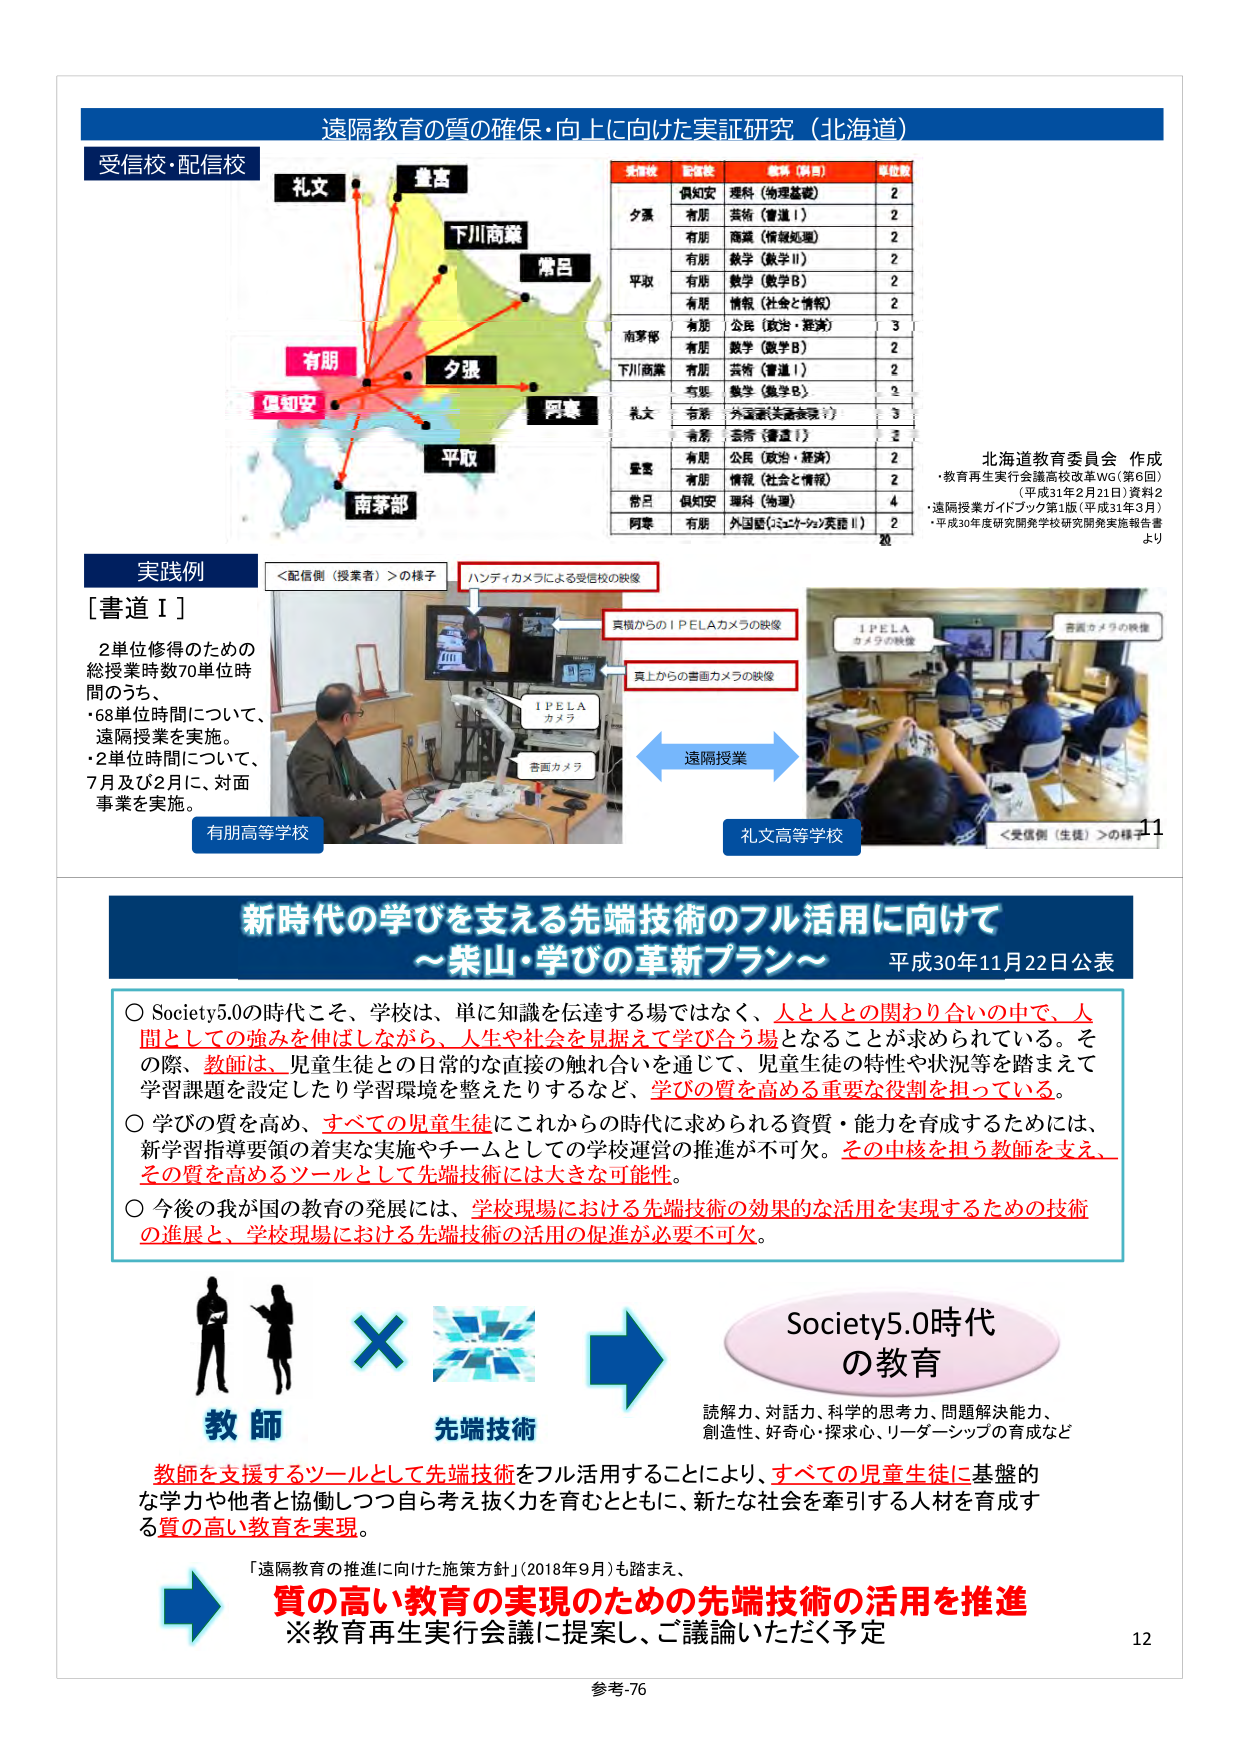
遠隔教育の質の確保・向上に向けた実証研究（北海道）

受信校・配信校

礼文
豊富
下川商業
常呂
有朋
夕張
呼喚
平取
南茅部

北海道教育委員会 作成
・教育再生実行会議高校改革WG（第6回）
（平成31年2月21日）資料2
・遠隔授業ガイドブック第1版（平成31年3月）
・平成30年度研究開発学校研究開発実施報告書より

実践例

［書道Ⅰ］
2単位修得のための
総授業時数70単位時
間のうち、
・68単位時間について、
遠隔授業を実施。
・2単位時間について、
7月及び2月に、対面
事業を実施。

＜配信側（授業者）＞の様子
ハンドイカメラによる受信校の映像
真横からのIPELAカメラの映像
真上からの書画カメラの映像
遠隔授業
IPELA
カメラ
書画カメラ
有朋高等学校
礼文高等学校
＜受信側（生徒）＞の様子

受信校 配信校 教科（科目） 単位数
夕張 倶知安 理科（物理基礎） 2
有朋 芸術（書道Ⅰ） 2
有朋 商業（情報処理） 2
平取 有朋 数学（数学Ⅱ） 2
有朋 数学（数学B） 2
有朋 情報（社会と情報） 2
南茅部 有朋 公民（政治・経済） 3
有朋 数学（数学B） 2
下川商業 有朋 芸術（書道Ⅰ） 2
有朋 数学（数学B） 2
礼文 有朋 外国語（英語表現Ⅰ） 3
有朋 芸術（書道Ⅰ） 3
豊富 有朋 公民（政治・経済） 2
有朋 情報（社会と情報） 2
常呂 倶知安 理科（物理） 4
呼喚 有朋 外国語（コンピュータと英語Ⅱ） 2
20

新時代の学びを支える先端技術のフル活用に向けて
～栄山・学びの革新プラン～
平成30年11月22日公表

〇 Society5.0の時代こそ、学校は、単に知識を伝達する場ではなく、人と人との関わり合いの中で、人間としての強みを伸ばしながら、人生や社会を見据えて学び合う場となることが求められている。その際、教師は、児童生徒との日常的な直接の触れ合いを通じて、児童生徒の特性や状況等を踏まえて学習課題を設定したり学習環境を整えたりするなど、学びの質を高める重要な役割を担っている。
〇 学びの質を高め、すべての児童生徒にこれから時代に求められる資質・能力を育成するためには、新学習指導要領の着実な実施やチームとしての学校運営の推進が不可欠。その中核を担う教師を支え、その質を高めるツールとして先端技術には大きな可能性。
〇 今後の我が国の教育の発展には、学校現場における先端技術の効果的な活用を実現するための技術の進展と、学校現場における先端技術の活用の促進が必要不可欠。

教師 先端技術
Society5.0時代
の教育
読解力、対話力、科学的思考力、問題解決能力、
創造性、好奇心・探求心、リーダーシップの育成など

教師を支援するツールとして先端技術をフル活用することにより、すべての児童生徒に基盤的な学力や他者と協働しつつ自ら考え抜く力を育むとともに、新たな社会を牽引する人材を育成する質の高い教育を実現。

「遠隔教育の推進に向けた施策方針」（2018年9月）も踏まえ、
質の高い教育の実現のための先端技術の活用を推進
※教育再生実行会議に提案し、ご議論いただく予定

参考-76

11
12